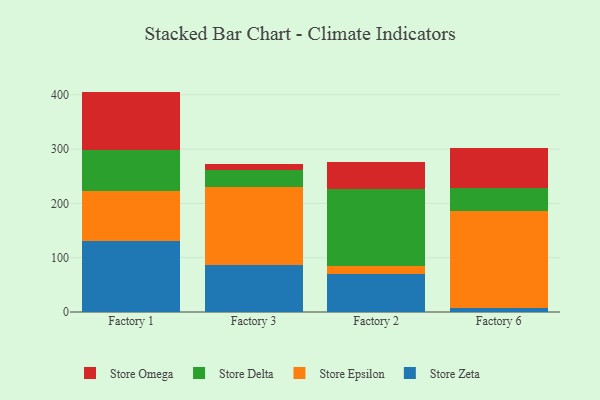
{"axis": {"x": "Factory", "y": "Humidity (%)"}, "legend": ["Store Delta", "Store Epsilon", "Store Omega", "Store Zeta"], "data": [{"x": "Factory 1", "y": 131.1, "type": "Store Zeta"}, {"x": "Factory 1", "y": 92.4, "type": "Store Epsilon"}, {"x": "Factory 1", "y": 75.5, "type": "Store Delta"}, {"x": "Factory 1", "y": 106.8, "type": "Store Omega"}, {"x": "Factory 3", "y": 86.5, "type": "Store Zeta"}, {"x": "Factory 3", "y": 142.9, "type": "Store Epsilon"}, {"x": "Factory 3", "y": 32.2, "type": "Store Delta"}, {"x": "Factory 3", "y": 11.3, "type": "Store Omega"}, {"x": "Factory 2", "y": 69.6, "type": "Store Zeta"}, {"x": "Factory 2", "y": 16.0, "type": "Store Epsilon"}, {"x": "Factory 2", "y": 141.0, "type": "Store Delta"}, {"x": "Factory 2", "y": 50.0, "type": "Store Omega"}, {"x": "Factory 6", "y": 6.8, "type": "Store Zeta"}, {"x": "Factory 6", "y": 178.9, "type": "Store Epsilon"}, {"x": "Factory 6", "y": 41.9, "type": "Store Delta"}, {"x": "Factory 6", "y": 74.4, "type": "Store Omega"}]}